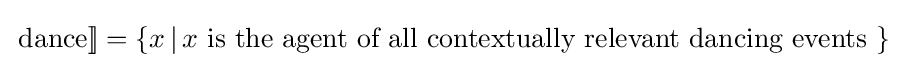
\!{\text{ dance}}]\!]=\{x\,|\,x{\text{ is the agent of all contextually relevant dancing events }}\}